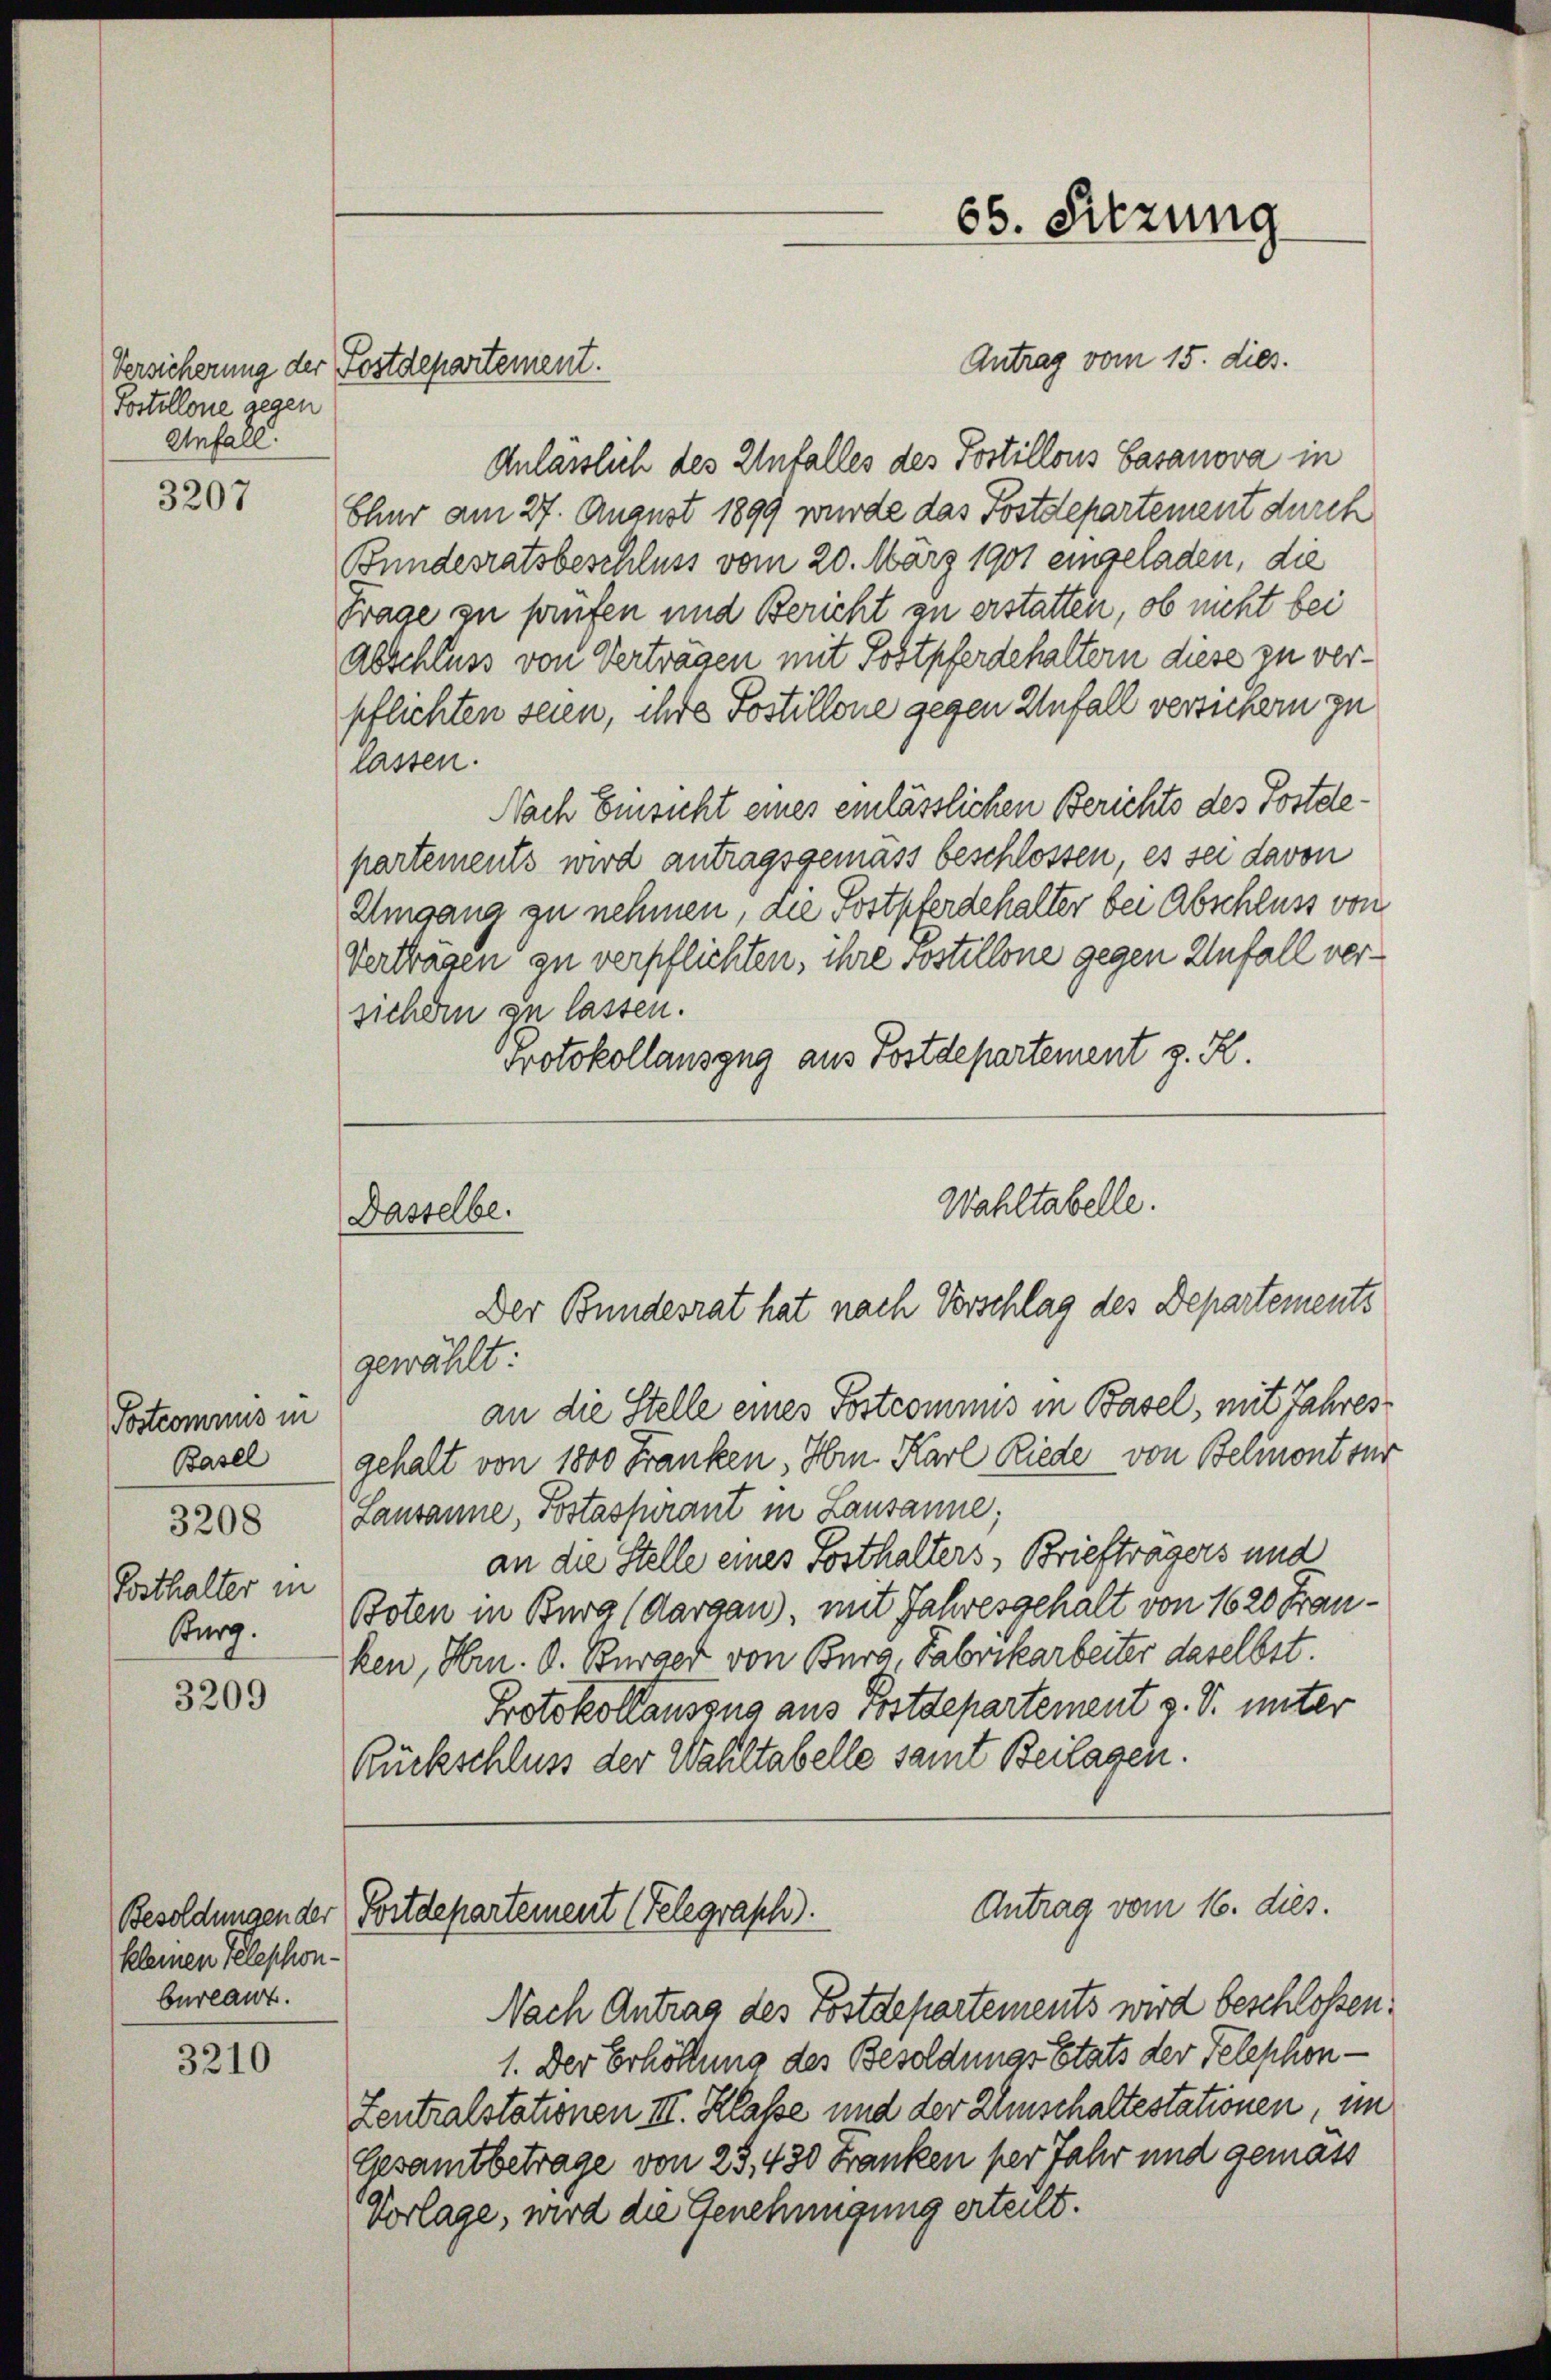
Postillone gegen
Anfall.

3207

Postcomnus in
Basel
3208
Posthalter in
Burg.

3209

Besoldungen der
kleinen Telephon-
berlaut.

3210

Antrag vom 15. dies.
Anlässlich des Unfalles des Postillons Gasanova in
Chur am 27. August 1899 wurde das Postdepartement durch
Bundesratsbeschluss vom 20. März 1901 eingeladen, die
Frage zu prüfen und Bericht an erstatten, ob nicht bei
Abschluss von Verträgen mit Postpferdehaltern diese zu verpflichten seien, ihre Postillone gegen Unfall versichern zu
lassen.
Nach Einsicht eines einlässlichen Berichts des Postdepartements wird antragsgemäss beschlossen, es sei davon
Umgang zu nehmen, die Postpferdehalter bei Abschluss von
Vertragen zu verpflichten, ihre sostellone gegen Unfall versichern zu lassen.
Protokollauszug aus Postdepartement z. H

Versicherung der Postdepartement.

Wahltabelle.
Dasselbe.
Der Bundesrat hat nach Vorschlag des Departements
gewählt:

s

an die Stelle eines Postcommis in Basel, mit Jahres
gehalt von 1800 Franken, Hrn. Karl Riede von Belmont sur
Lausanne, Postassurant in Lausanne;
an die Stelle eines Posthalters, Briefträgers und
Boten in Burg (Aargau), mit Jahresgehalt von 1620 Frau.
zen, Hrn. O. Burger von Burg, Fabrikarbeiter daselbst.
Protokollauszug aus Postdepartement v. S. unter
Rückschluss der Wahltabelle samt Beilagen.
Antrag vom 16. dies.
Postdepartement (Telegraph).
Nach Antrag des Postdepartements wird beschlossen:
1. Der Erhöllung des Besoldungs Etats der Telephon-
Zentralstationen III. Klasse und der Umschaltestationen, im
Gesamtbetrage von 25. 430 Franken per Jahr und gemäss
Vorlage, wird die Genehmigung erteilt.

66. Sitzung